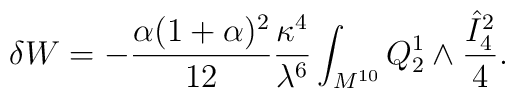
\delta W = - {\alpha (1 + \alpha)^2 \over 12}{\kappa^4 \over \lambda^6}\int_{M^{10}} Q_2^1 \wedge {{\hat I_4}^2 \over 4}.